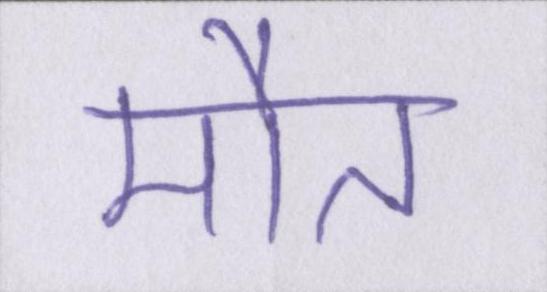
मौत